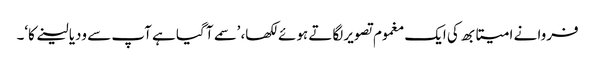
فروا نے امیتابھ کی ایک مغموم تصویر لگاتے ہوئے لکھا، ’سمے آ گیا ہے آپ سے ودیا لینے کا‘۔